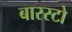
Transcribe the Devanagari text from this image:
बारस्टो